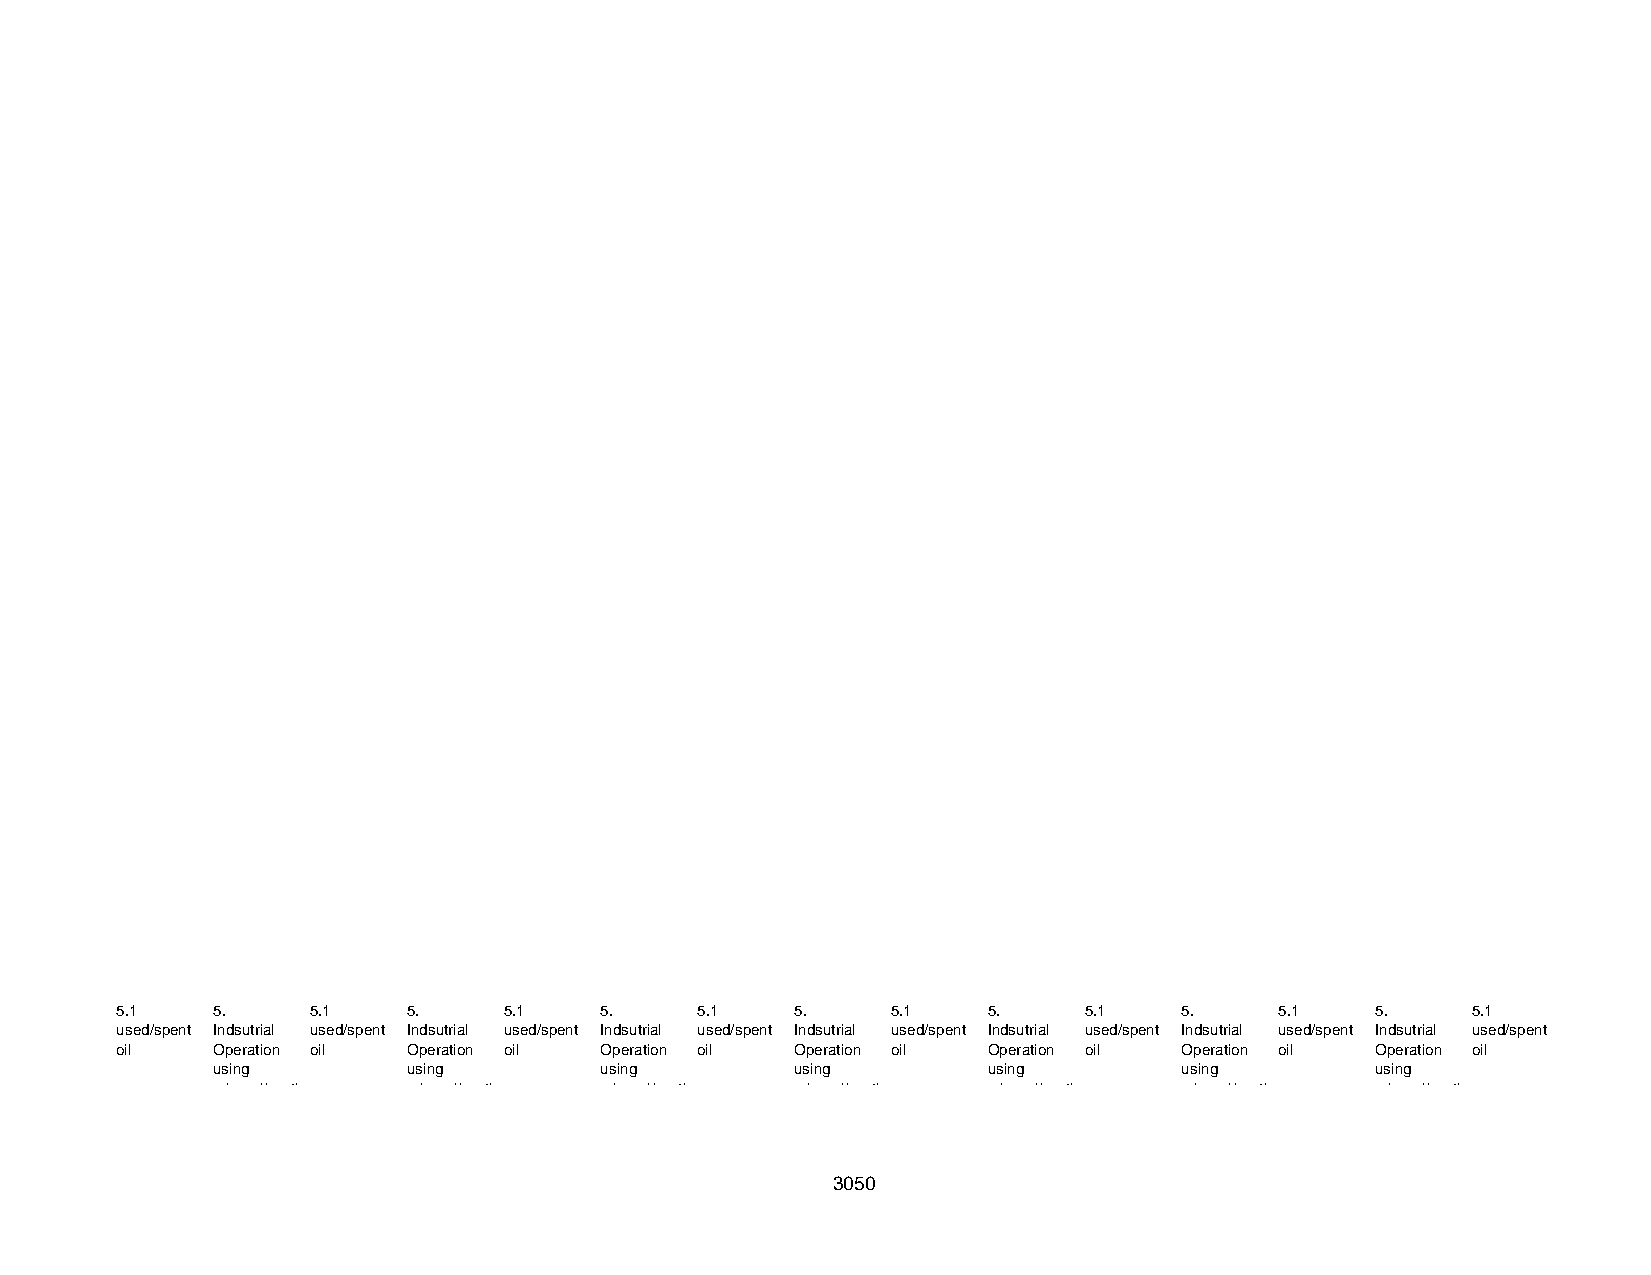
5.1   5 .    5 . 1 5 .   5 . 1  5 .   5 . 1  5 .   5 . 1 5 .    5 . 1 5 .    5 . 1 5 .   5 . 1
 used/spent Indsutrial used/spent Indsutrial used/spent Indsutrial used/spent Indsutrial used/spent Indsutrial used/spent Indsutrial used/spent Indsutrial used/spent
 oil   Operation oil Operation oil Operation oil Operation oil Operation oil Operation oil Operation oil
 using        using        using        using       using        using        using
 mineral/synth mineral/synth mineral/synth mineral/synth mineral/synth mineral/synth mineral/synth
 3050